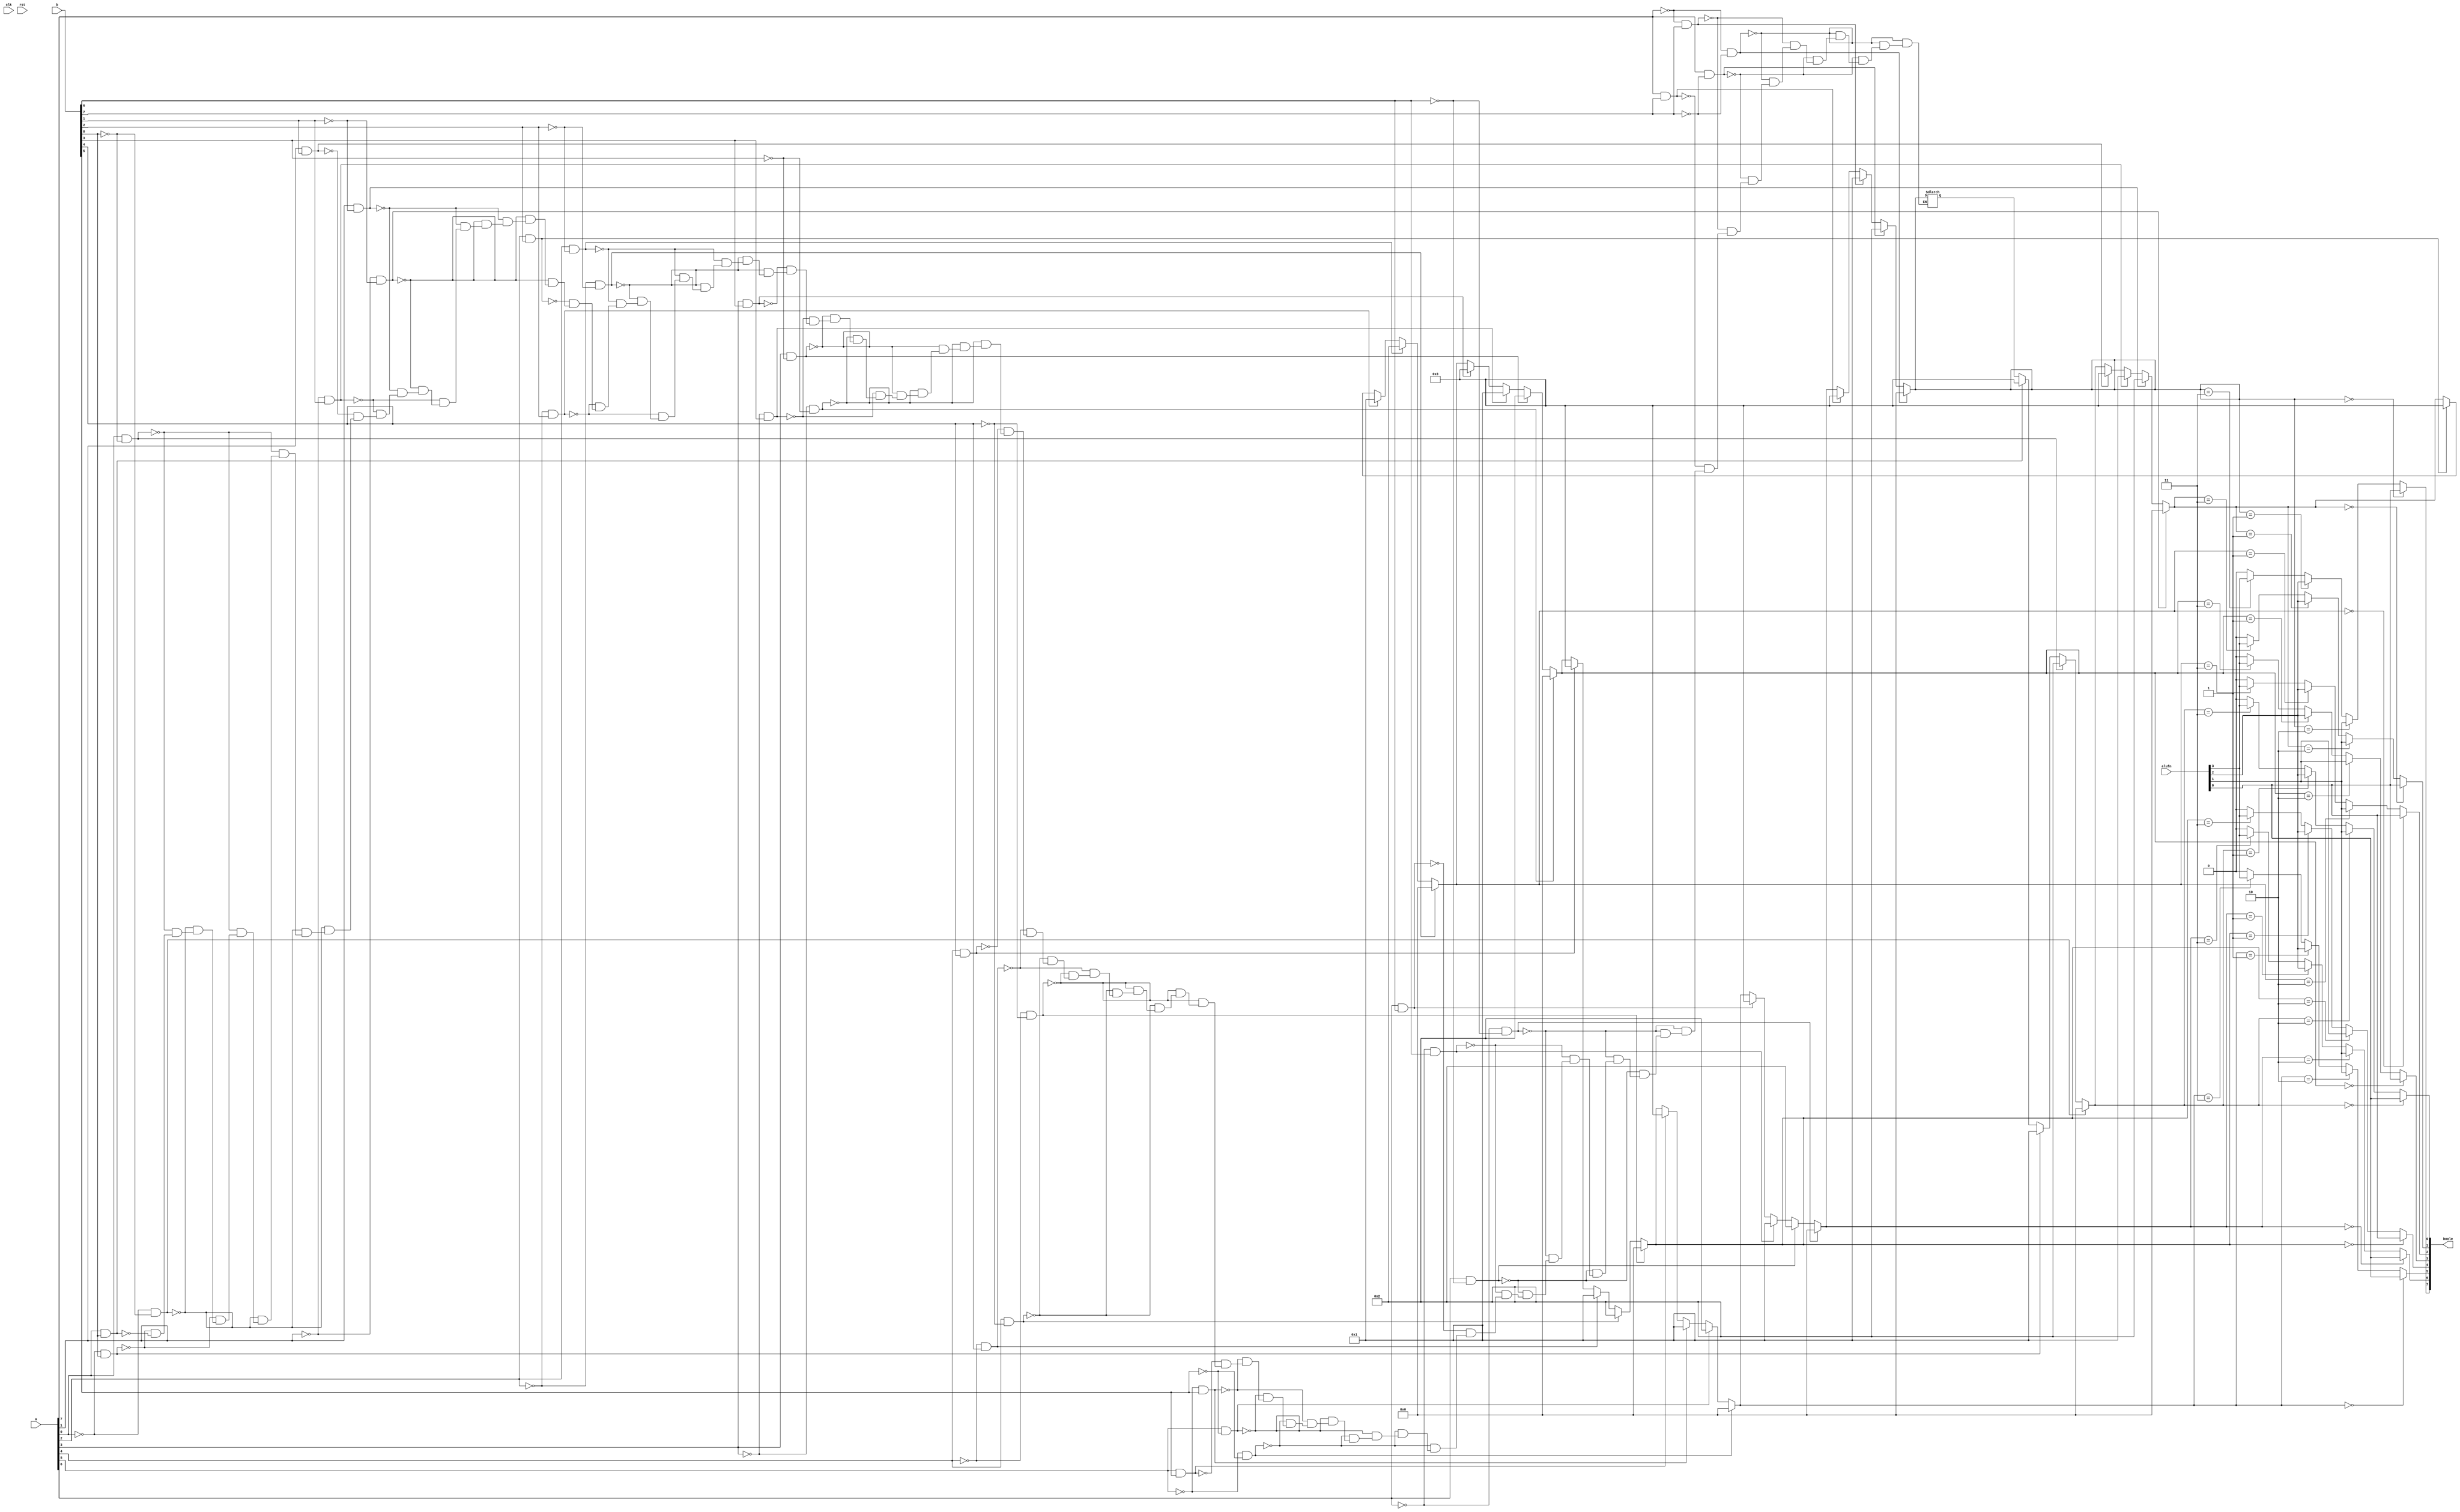
/*
   This file was generated automatically by the Mojo IDE version B1.3.6.
   Do not edit this file directly. Instead edit the original Lucid source.
   This is a temporary file and any changes made to it will be destroyed.
*/

module boolean_2 (
    input clk,
    input rst,
    input [7:0] a,
    input [7:0] b,
    input [5:0] alufn,
    output reg [7:0] boole
  );
  
  
  
  
  integer i;
  
  integer choice;
  
  always @* begin
    boole = 8'h00;
    for (i = 1'h0; i < 4'h8; i = i + 1) begin
      if (a[(i)*1+0-:1] == 1'h0 && b[(i)*1+0-:1] == 1'h0) begin
        choice = 2'h0;
      end else begin
        if (a[(i)*1+0-:1] == 1'h1 && b[(i)*1+0-:1] == 1'h0) begin
          choice = 2'h2;
        end else begin
          if (a[(i)*1+0-:1] == 1'h0 && b[(i)*1+0-:1] == 1'h1) begin
            choice = 2'h1;
          end else begin
            if (a[(i)*1+0-:1] == 1'h1 && b[(i)*1+0-:1] == 1'h1) begin
              choice = 2'h3;
            end
          end
        end
      end
      if (choice == 2'h0) begin
        boole[(i)*1+0-:1] = alufn[0+0-:1];
      end else begin
        if (choice == 2'h2) begin
          boole[(i)*1+0-:1] = alufn[1+0-:1];
        end else begin
          if (choice == 2'h1) begin
            boole[(i)*1+0-:1] = alufn[2+0-:1];
          end else begin
            if (choice == 2'h3) begin
              boole[(i)*1+0-:1] = alufn[3+0-:1];
            end
          end
        end
      end
    end
  end
endmodule